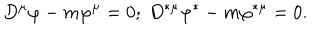
LaTeX: D ^ { \mu } \varphi - m \varphi ^ { \mu } = 0 ; \ D ^ { \ast \mu } \varphi ^ { \ast } - m \varphi ^ { \ast \mu } = 0 .